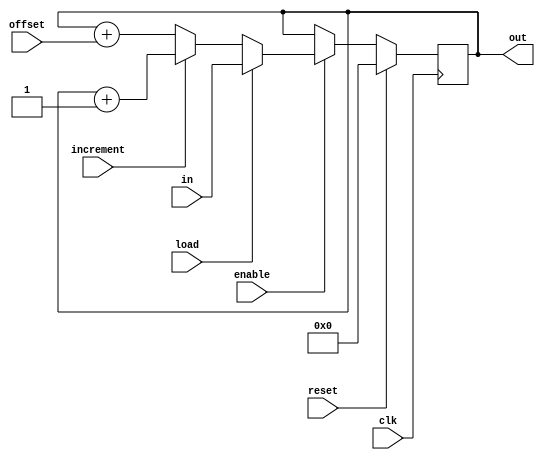
module PC_register(input clk, reset, enable, increment, load, input [15:0] offset, in, output [15:0] out);
reg [15:0] PC_reg, PC_nxt;
always @(posedge clk) begin
    if(reset == 1'b1) begin
        PC_reg <= 0;
    end else if(enable) begin
        PC_reg <= PC_nxt;
    end
end

always @(*) begin
    if(load) begin
        PC_nxt = in;
    end else begin
        if(increment) begin
            PC_nxt = PC_reg + 1;
        end else begin
            PC_nxt = PC_reg + offset;
        end
    end
end

assign out = PC_reg;

endmodule